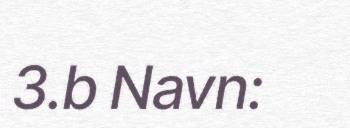
3.b Navn: